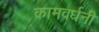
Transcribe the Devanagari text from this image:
कामवर्धनी